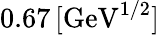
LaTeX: {0.67\, [\mathrm{GeV}^{1/2}]}